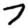
Digit: 7